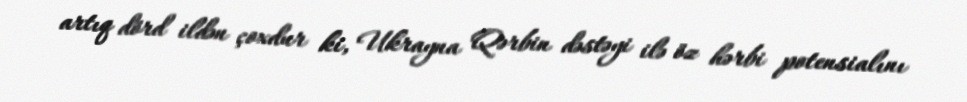
artıq dörd ildən çoxdur ki, Ukrayna Qərbin dəstəyi ilə öz hərbi potensialını